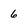
Character: 6